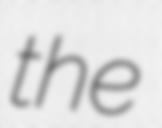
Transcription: the